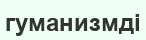
гуманизмді